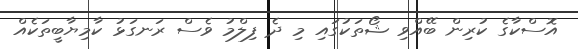
އޮސްކާގެ ކުރިން ބޭއްވި ޝޯތަކުގައި މި ދެ ފިލްމު ވެސް ރަނގަޅު ކާމިޔާބީތަކެއް